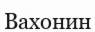
Вахонин